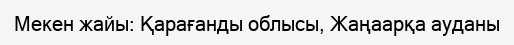
Мекен жайы: Қарағанды облысы, Жаңаарқа ауданы